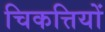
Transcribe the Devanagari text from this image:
चिकत्तियों